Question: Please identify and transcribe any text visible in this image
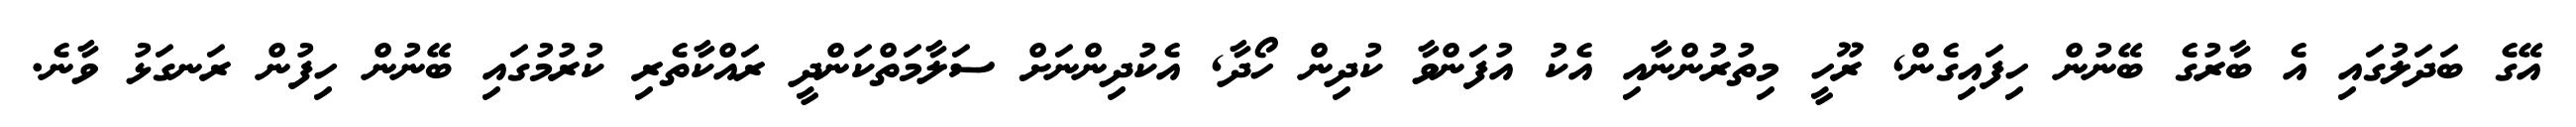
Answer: އޭގެ ބަދަލުގައި އެ ބާރުގެ ބޭނުން ހިފައިގެން, ރޫހީ މިތުރުންނާއި އެކު އުފަންވާ ކުދިން ހޯދާ, އެކުދިންނަށް ސަލާމަތްކަންދީ ރައްކާތެރި ކުރުމުގައި ބޭނުން ހިފުން ރަނގަޅު ވާނެ.